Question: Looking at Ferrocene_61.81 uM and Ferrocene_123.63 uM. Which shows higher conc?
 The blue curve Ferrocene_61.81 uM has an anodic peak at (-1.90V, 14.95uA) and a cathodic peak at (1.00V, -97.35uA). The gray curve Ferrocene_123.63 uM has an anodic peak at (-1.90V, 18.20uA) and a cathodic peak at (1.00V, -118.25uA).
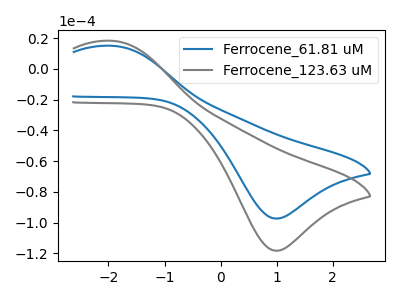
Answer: <think>All the peaks in "Ferrocene_61.81 uM" have a peak in "Ferrocene_123.63 uM" at the same potential. Every peak in "Ferrocene_61.81 uM" is lower than every peak in "Ferrocene_123.63 uM".
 </think>
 <answer>"Ferrocene_61.81 uM" has less signal than "Ferrocene_123.63 uM" and so likely has a lower concentration.</answer>
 <eval>less_concentration</eval>